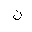
Letter: _non